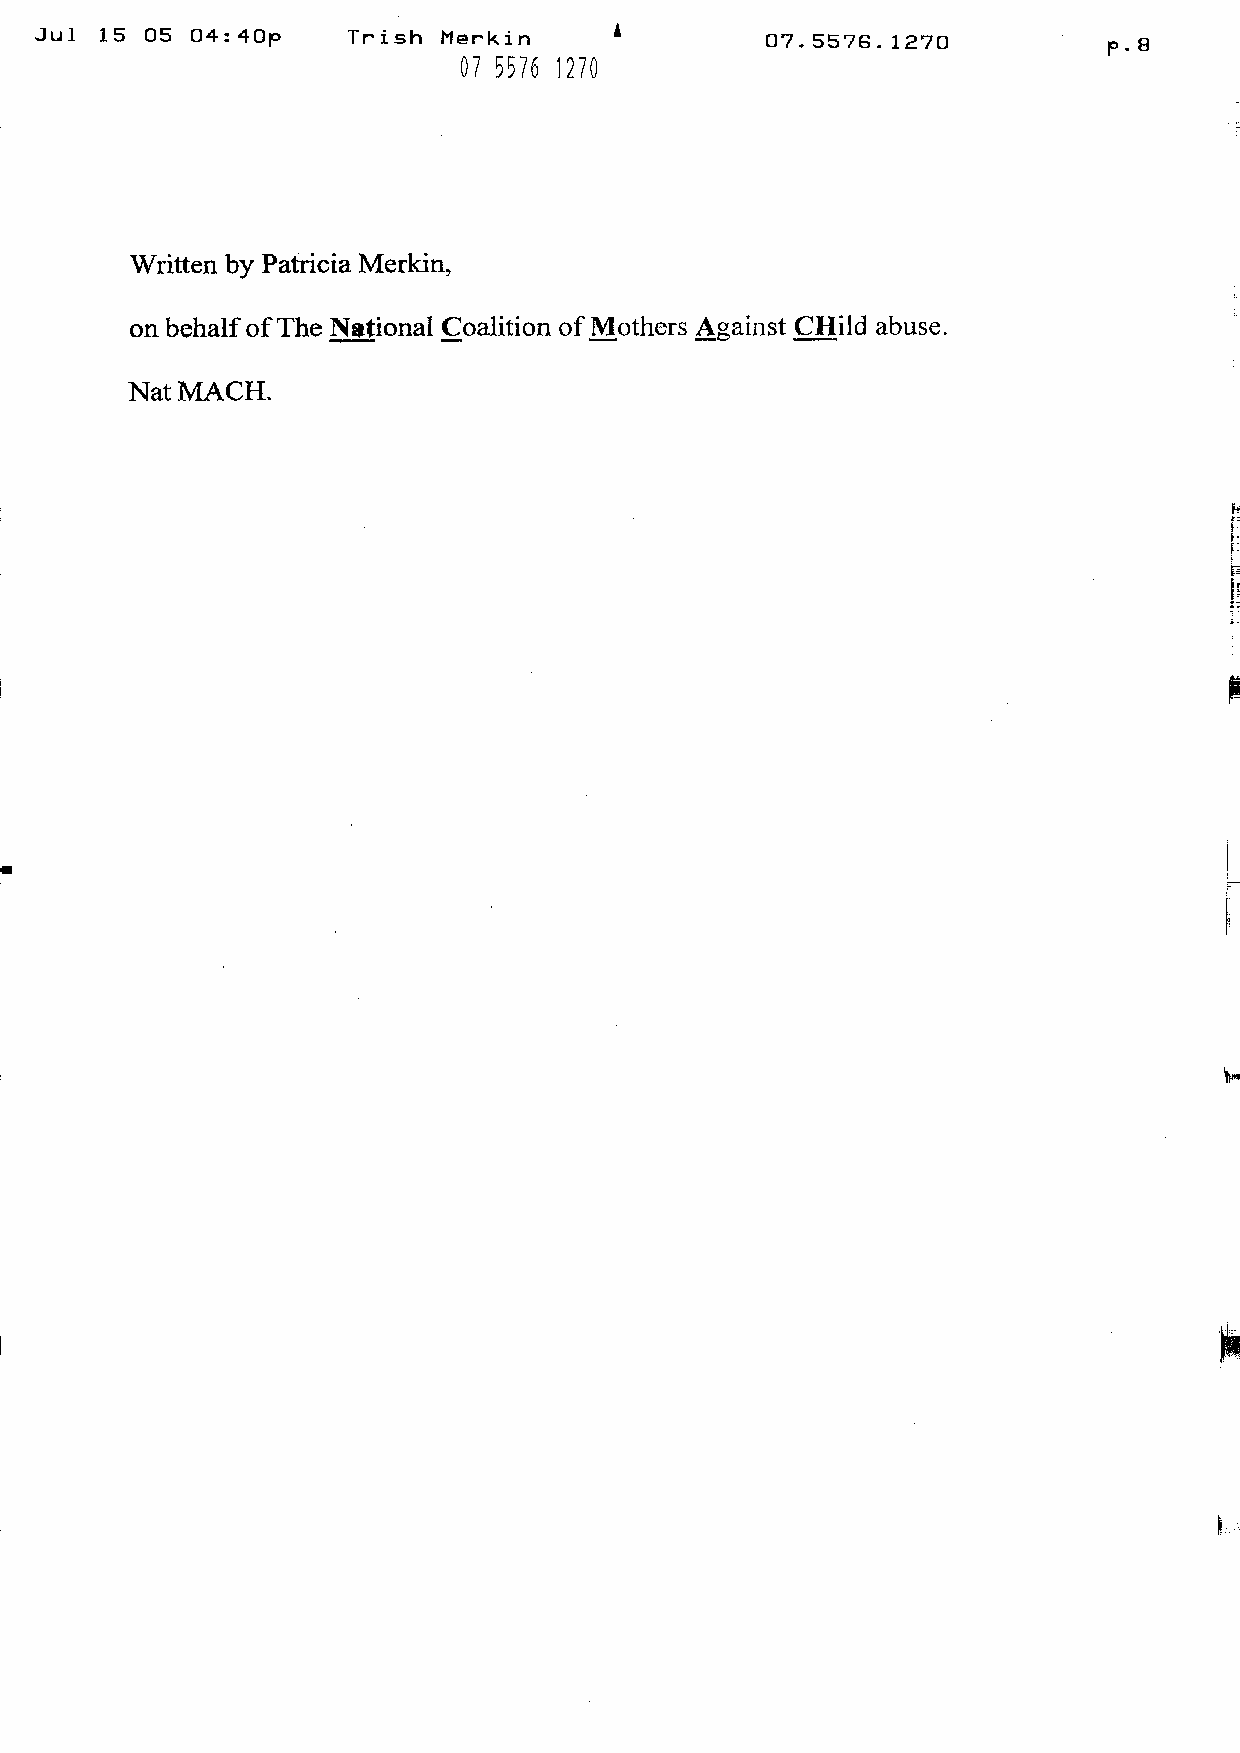
Jul  15 05 O4 :4Op   Trish Merkin      A         07.5576.1270          p.8
 0755761270
 Written by Patricia Merkin,
 on behalfofThe N,tional Coalition ofMothers Aoainst CHild abuse.
 Nat MACH.
 K—